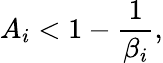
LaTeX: A_{i}<1-\frac{1}{\beta_{i}},